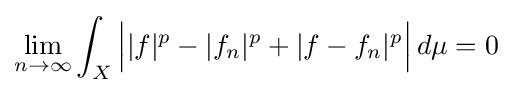
\lim _{n\to \infty }\int _{X}{\Big |}|f|^{p}-|f_{n}|^{p}+|f-f_{n}|^{p}{\Big |}\,d\mu =0